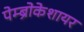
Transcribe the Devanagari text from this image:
पेम्ब्रोकेशायर